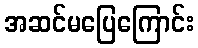
အဆင်မပြေကြောင်း